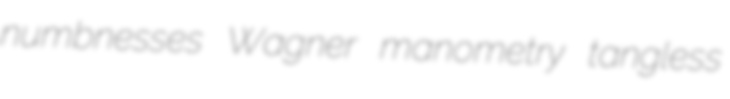
numbnesses Wagner manometry tangless